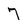
Character: 7